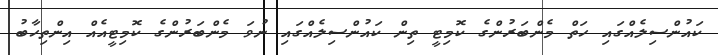
ކައުންސިލެއްގައި ހަތް މެންބަރުންގެ ކޮމިޓީ ތިން ކައުންސިލެއްގައި ނުވަ މެންބަރުންގެ ކޮމިޓީއެއް އިންތިހާބު